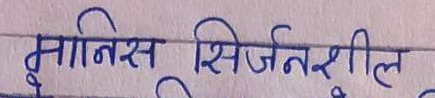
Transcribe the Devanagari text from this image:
मानिस सिर्जनशील